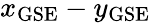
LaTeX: x_{\textrm{GSE}}-y_{\textrm{GSE}}